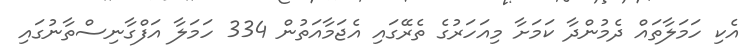
އެކި ހަމަލާތައް ދެމުންދާ ކަމަށާ މިއަހަރުގެ ތެރޭގައި އެޖަމާއަތުން 334 ހަމަލާ އަފްގާނިސްތާނުގައި